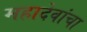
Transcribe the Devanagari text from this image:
महादेवांचा